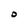
Character: O